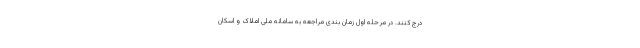
درج کنند. در مرحله اول زمان بندی مراجعه به سامانه ملی املاک و اسکان